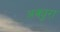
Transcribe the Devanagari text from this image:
अक्युरा